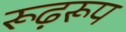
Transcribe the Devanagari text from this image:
रूढ़रूप